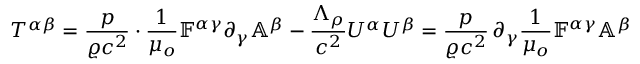
T ^ { \alpha \beta } = \frac { p } { \varrho c ^ { 2 } } \cdot \frac { 1 } { \mu _ { o } } \mathbb { F } ^ { \alpha \gamma } \partial _ { \gamma } \mathbb { A } ^ { \beta } - \frac { \Lambda _ { \rho } } { c ^ { 2 } } U ^ { \alpha } U ^ { \beta } = \frac { p } { \varrho c ^ { 2 } } \, \partial _ { \gamma } \frac { 1 } { \mu _ { o } } \mathbb { F } ^ { \alpha \gamma } \mathbb { A } ^ { \beta }